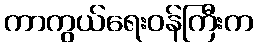
ကာကွယ်ရေးဝန်ကြီးက